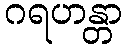
ဂရဟန္တာ